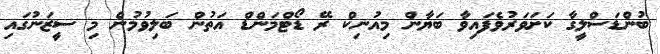
ބުންޑަސްލީގާ ކަށަވަރުވެފައިވާ ބަޔާން މިއުނިކް ރޭ ޑޯޓްމަންޑް އަތުން ބަލިވުމުން މި ސީޒަނުގައި